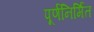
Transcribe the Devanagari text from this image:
पूर्णनिर्मित